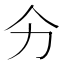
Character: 𭄞